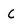
Character: c